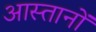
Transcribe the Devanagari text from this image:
आस्तानों